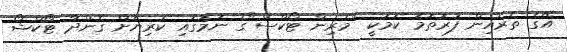
އޭގެ ތެރެއިން ފުރަތަމަ ކަމަކީ "މެރިން ޓޯކްސް"ގެ ނަމުގައި ކުރިޔަށް ގެންދާ ޓޯކްޝޯ